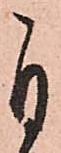
自